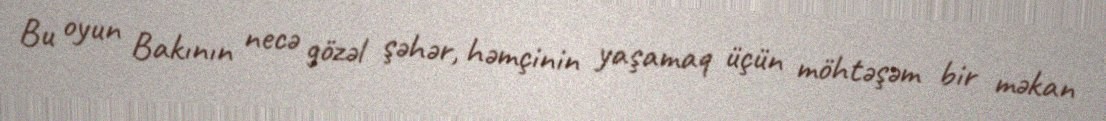
Bu oyun Bakının necə gözəl şəhər, həmçinin yaşamaq üçün möhtəşəm bir məkan